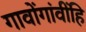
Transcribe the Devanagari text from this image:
गावोंगांवींहि